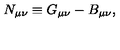
N _ { \mu \nu } \equiv G _ { \mu \nu } - B _ { \mu \nu } ,